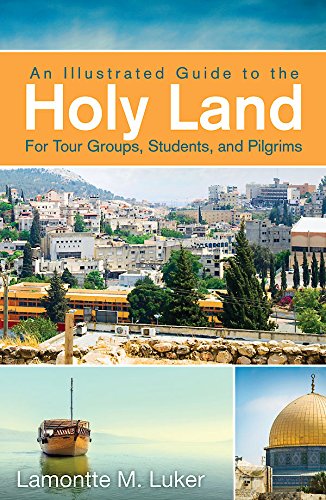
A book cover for An Illustrated Guide to the Holy Land for Tour Groups, Students, and Pilgrims; Lamontte M. Luker; Travel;